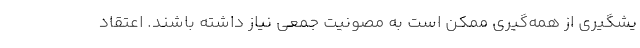
یشگیری از همه‌گیری ممکن است به مصونیت جمعی نیاز داشته باشند. اعتقاد